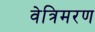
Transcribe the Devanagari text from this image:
वेत्रिमरण